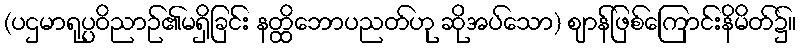
(ပဌမာရုပ္ပဝိညာဉ်၏မရှိခြင်း နတ္ထိဘောပညတ်ဟု ဆိုအပ်သော) ဈာန်ဖြစ်ကြောင်းနိမိတ်၌။